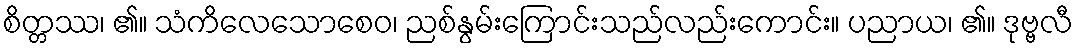
စိတ္တဿ၊ ၏။ သံကိလေသောစေဝ၊ ညစ်နွမ်းကြောင်းသည်လည်းကောင်း။ ပညာယ၊ ၏။ ဒုဗ္ဗလီ